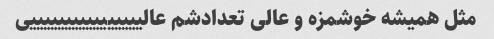
مثل همیشه خوشمزه و عالی تعدادشم عالییییییییییییییییی